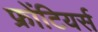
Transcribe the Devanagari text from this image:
फ्रोंटियर्स